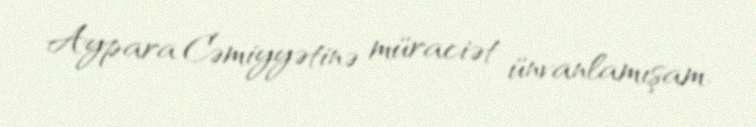
Aypara Cəmiyyətinə müraciət ünvanlamışam.